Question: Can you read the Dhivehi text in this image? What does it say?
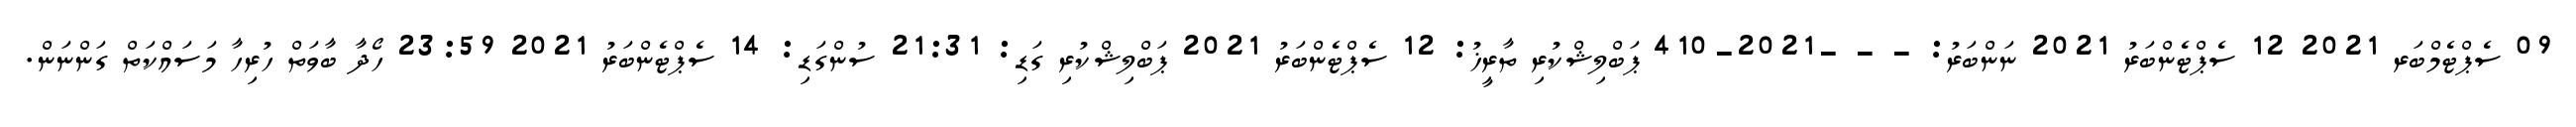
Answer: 09 ސެޕްޓެމްބަރ 2021 12 ސެޕްޓެންބަރު 2021 ނަންބަރު: - - -2021-410 ޕަބްލިޝްކުރި ތާރީޚު: 12 ސެޕްޓެންބަރު 2021 ޕަބްލިޝްކުރި ގަޑި: 21:31 ސުންގަޑި: 14 ސެޕްޓެންބަރު 2021 23:59 ހޯދާ ބާވަތް ހުރިހާ މަސައްކަތް ގަންނަން.